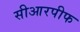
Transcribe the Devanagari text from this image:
सीआरपीफ